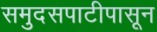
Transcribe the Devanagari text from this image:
समुदसपाटीपासून